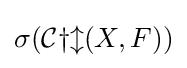
\sigma ({\mathcal {Cyl}}(X,F))